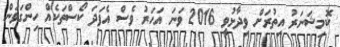
ކޮމިޝަނަރު އިތުރަށް ވިދާޅުވީ 2016 ވަނަ އަހަރު ވެސް އެފަދަ ކޯސްތަކެއް ހިންގަވަން